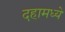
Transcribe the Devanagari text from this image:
दहामध्ये